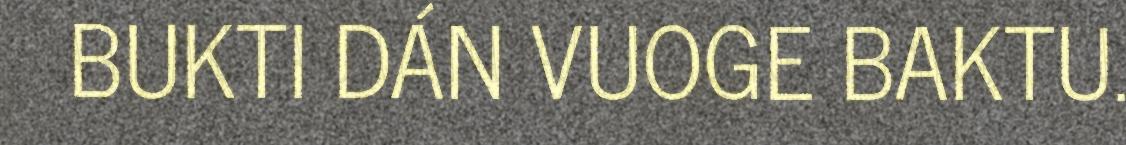
BUKTI DÁN VUOGE BAKTU.